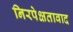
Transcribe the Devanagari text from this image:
निरपेक्षतावाद